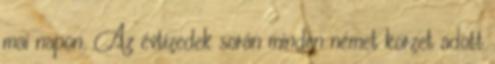
mai napon. Az évtizedek során minden német körzet adott